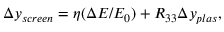
\Delta y _ { s c r e e n } = \eta ( \Delta E / E _ { 0 } ) + R _ { 3 3 } \Delta y _ { p l a s } ,